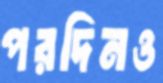
পরদিনও